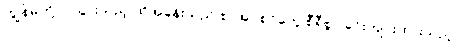
ကျွန်မတို့ဝင်သွားသည့် ထိုအခန်းသည် စာအုပ်စင်တွေ စီရီစွာ ခင်းကျင်းထားသည့်